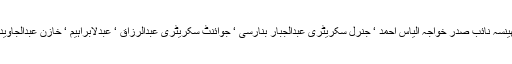
اس موقع پر بھینسہ نائب صدر خواجہ الیاس احمد ‘ جنرل سکریٹری عبدالجبار بنارسی ‘ جوائنٹ سکریٹری عبدالرزاق ‘ عبدلابراہیم ‘ خازن عبدالجاوید موجود تھے ۔